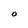
Character: O